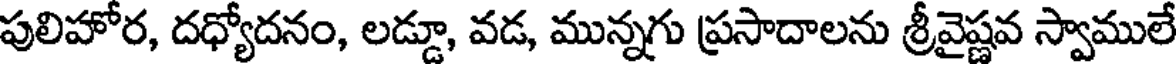
పులిహోర, దధ్యోదనం, లడ్డూ, వడ, మున్నగు ప్రసాదాలను శ్రీవైష్ణవ స్వాములే